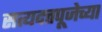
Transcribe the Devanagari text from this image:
सत्यदत्तपूजेच्या